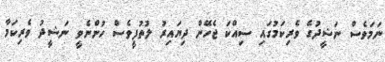
ނަމަވެސް ނަޝީދުގެ ވެރިކަމުގައި ސިއްކަ ޖެހޭން ދިޔައިރު ލުތުފީވެސް ހުންނެވީ ނަޝީދު ވެރިކަމާ